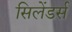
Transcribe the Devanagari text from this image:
सिलेंडर्स